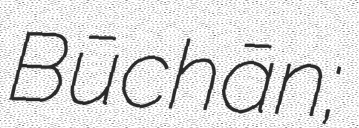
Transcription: Būchān;